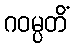
ဂဝမ္ပတိံ